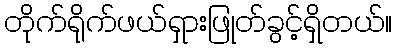
တိုက်ရိုက်ဖယ်ရှားဖြုတ်ခွင့်ရှိတယ်။